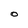
Character: O